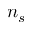
n _ { s }